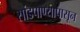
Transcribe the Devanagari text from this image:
सांडपाण्यापासून